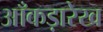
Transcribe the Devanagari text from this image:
आँकड़ारेख